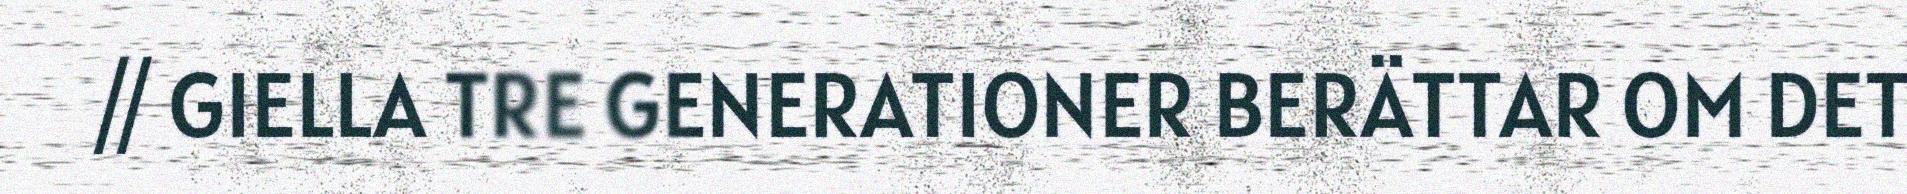
// GIELLA TRE GENERATIONER BERÄTTAR OM DET